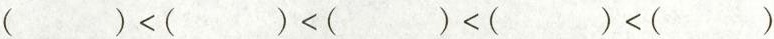
( )<( )<( )<( )<( )